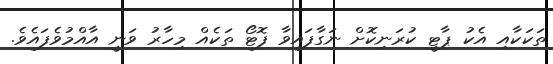
ތަކަކާއި އެކު ޕާޓީ ކުރަނިކޮށް ނަގާފައިވާ ފޮޓޯ ތަކެއް މިހާރު ވަނީ އާއްމުވެފައެވެ.